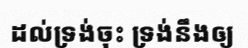
ដល់ទ្រង់ចុះ ទ្រង់នឹងឲ្យ